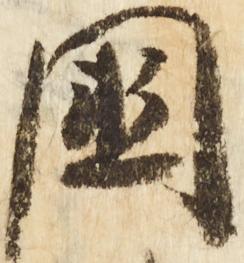
国